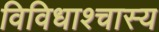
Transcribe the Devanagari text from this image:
विविधाश्चास्य